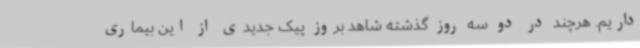
داریم. هرچند در دو سه روز گذشته شاهد بروز پیک جدیدی از این بیماری